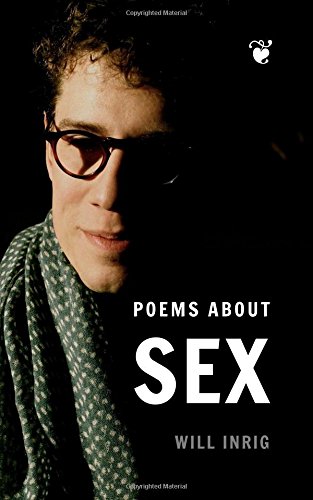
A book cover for Poems About Sex; Will Inrig; Romance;